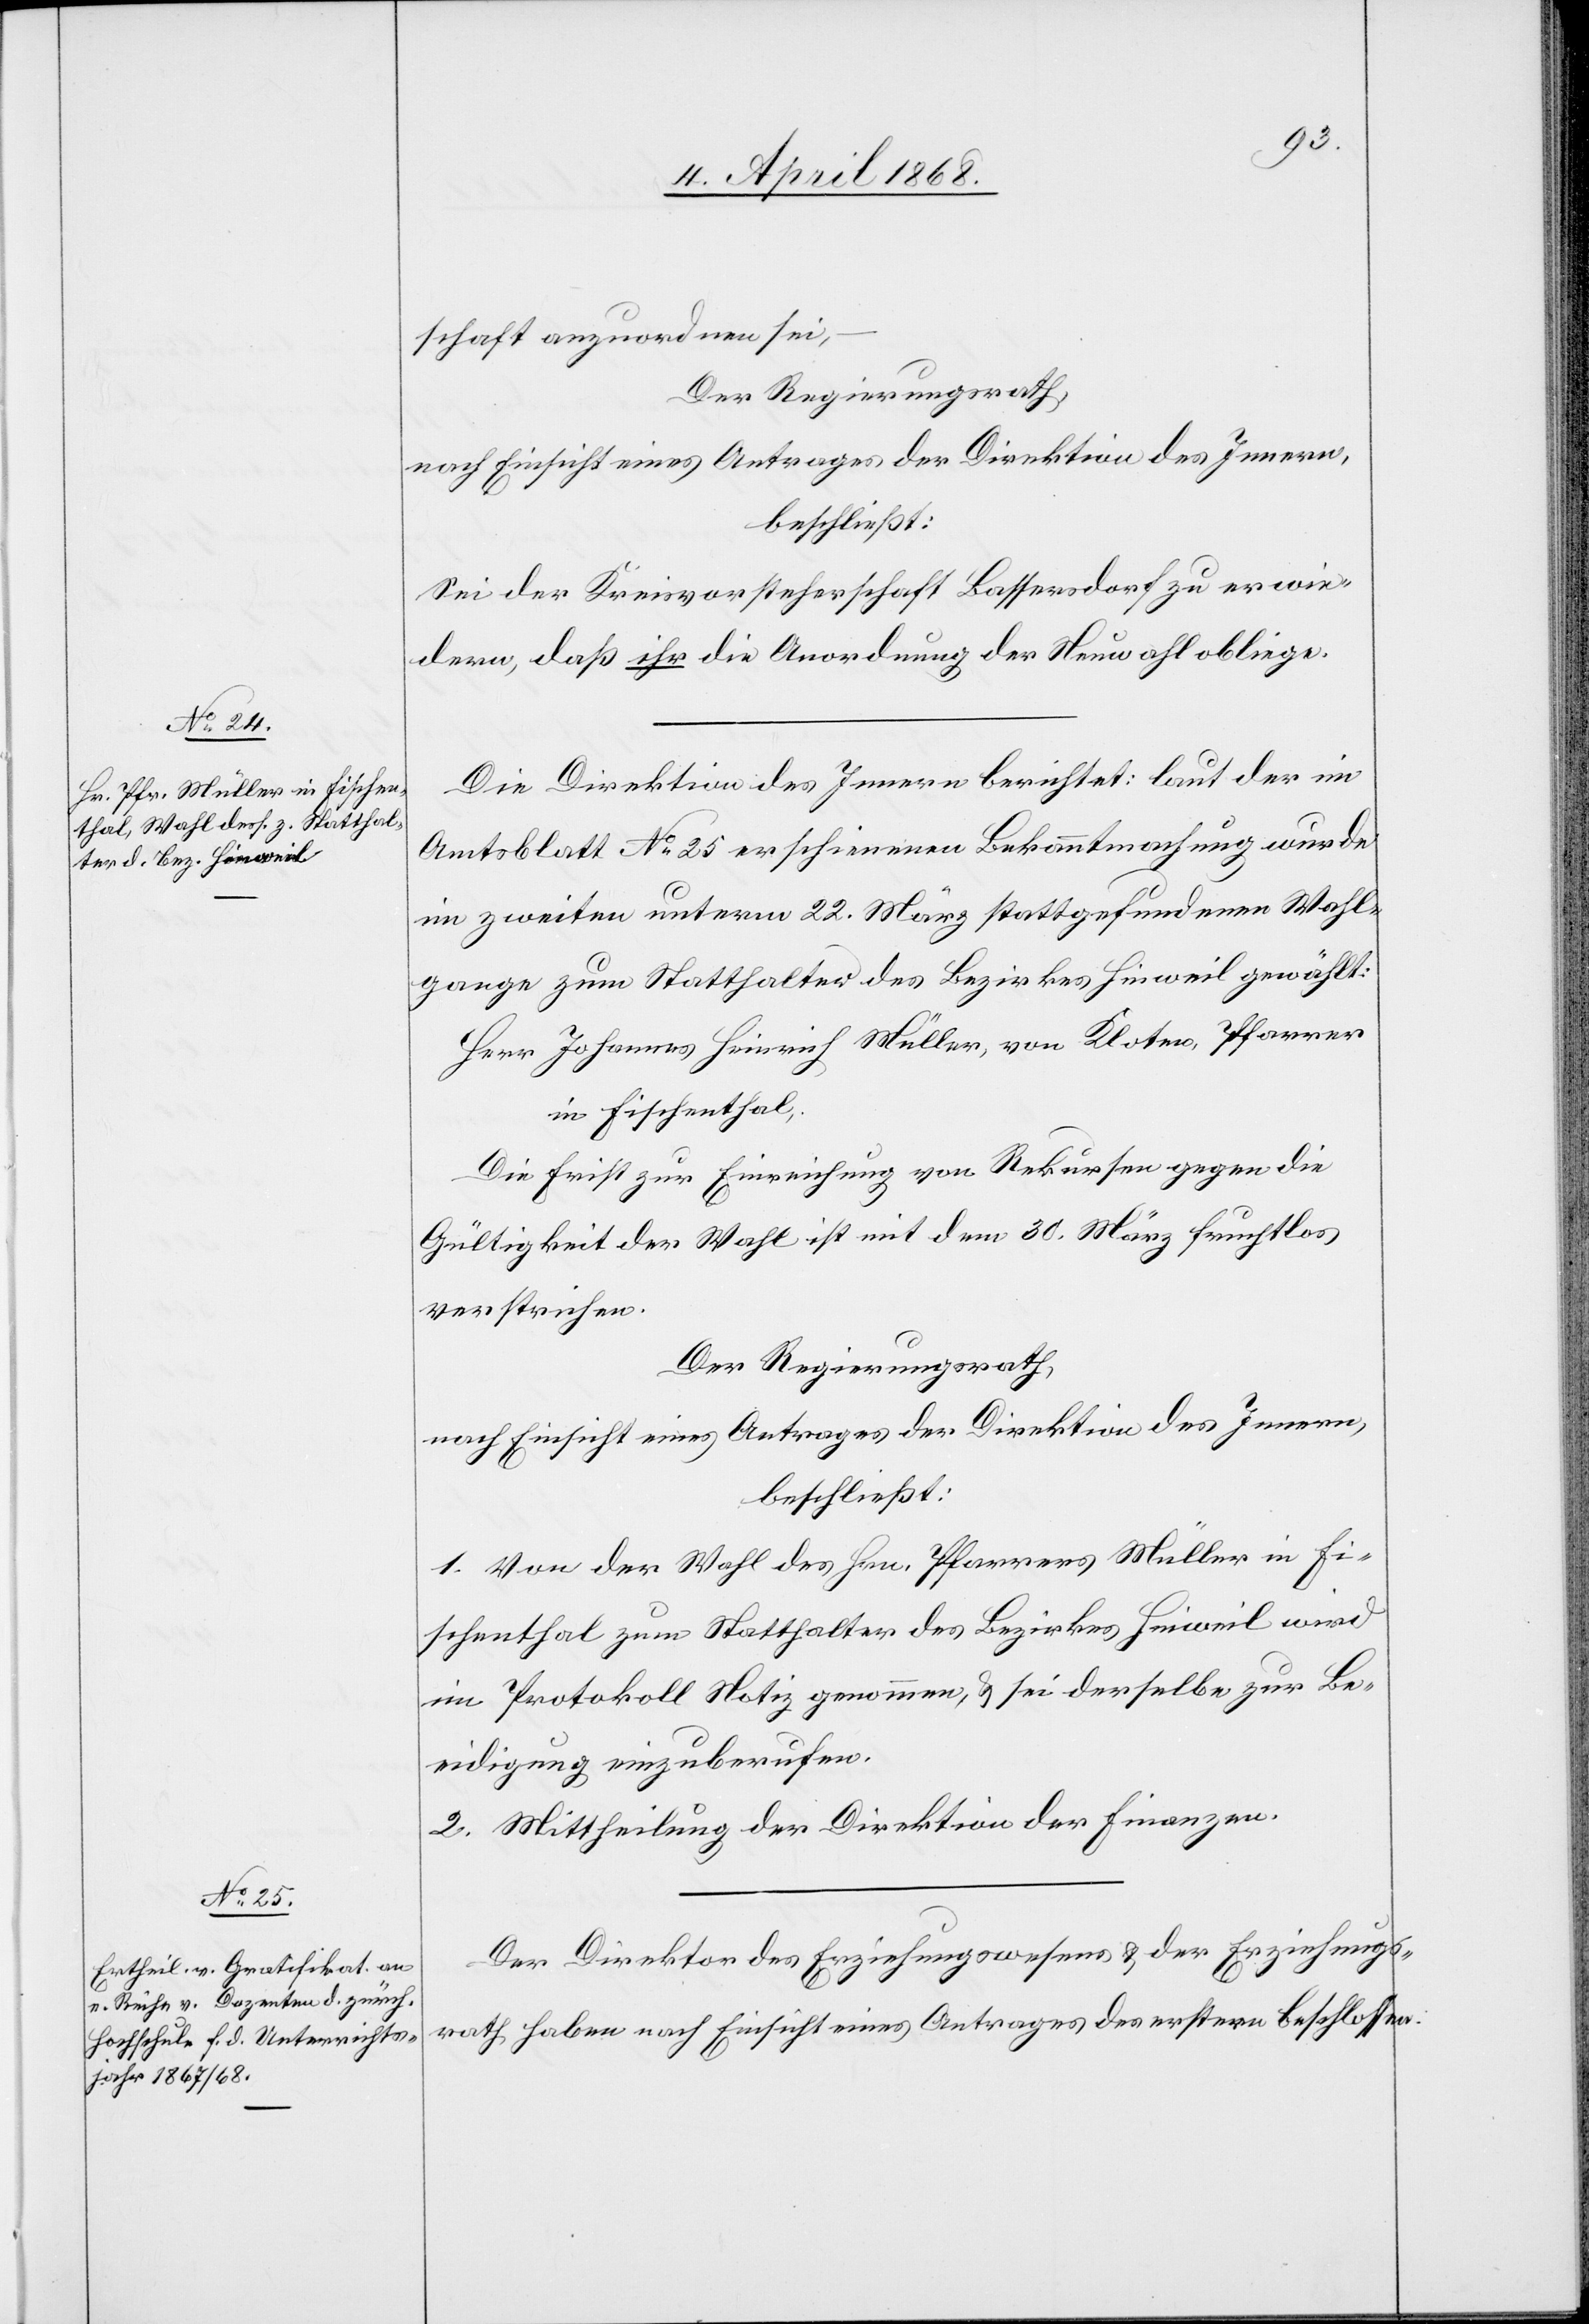
schaft anzuordnen sei,
Der Regierungsrath,
nach Einsicht eines Antrages der Direktion des Innern,
beschließt:
Sei der Kreisvorsteherschaft Bassersdorf zu erwie¬
dern, daß ihr die Anordnung der Neuwahl obliege.
Die Direktion des Innern berichtet: laut der im
Amtsblatt No. 25 erschienenen Bekanntmachung wurde
im zweiten unterm 22. März stattgefundenen Wahl¬
gange zum Statthalter des Bezirkes Hinweil gewählt:
Herr Johannes Heinrich Müller, von Kloten, Pfarrer
in Fischenthal.
Die Frist zur Einreichung von Rekursen gegen die
Gültigkeit der Wahl ist mit dem 30. März fruchtlos
verstrichen.
Der Regierungsrath,
nach Einsicht eines Antrages der Direktion des Innern,
beschließt:
1. Von der Wahl des Hrn. Pfarrers Müller in Fi¬
schenthal zum Statthalter des Bezirkes Hinweil wird
im Protokoll Notiz genommen, & sei derselbe zur Be¬
eidigung einzuberufen.
2. Mittheilung der Direktion der Finanzen.
Der Direktor des Erziehungswesens & der Erziehungs¬
rath haben nach Einsicht eines Antrages des erstern beschlossen: